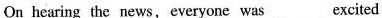
On hearing the news，everyone was___excited